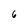
Character: 6